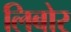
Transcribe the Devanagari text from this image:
लिबोर